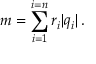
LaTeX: m = \sum _ { i = 1 } ^ { i = n } r _ { i } | q _ { i } | \, .